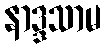
နာဒ္ဒသာမ